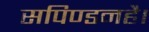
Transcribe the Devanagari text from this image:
सपिण्डनहै।